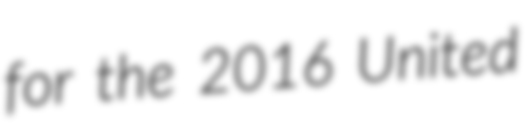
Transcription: for the 2016 United